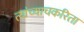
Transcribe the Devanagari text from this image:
त्यांच्याचकरिता